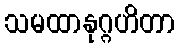
သမထာနုဂ္ဂဟိတာ